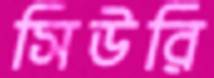
সিউরি